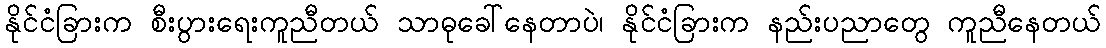
နိုင်ငံခြားက စီးပွားရေးကူညီတယ် သာဓုခေါ်နေတာပဲ၊ နိုင်ငံခြားက နည်းပညာတွေ ကူညီနေတယ်